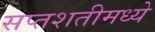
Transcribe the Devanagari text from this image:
सप्तशतीमध्ये